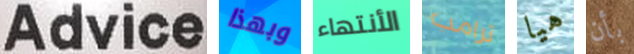
Advice وبهذا الأنتهاء ترامب هيا بأن